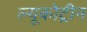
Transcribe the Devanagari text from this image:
ल्यूकोट्रीन